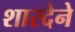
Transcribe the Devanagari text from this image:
शारदेने